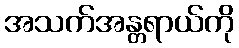
အသက်အန္တရာယ်ကို